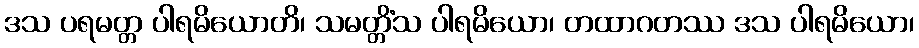
ဒသ ပရမတ္တ ပါရမိယောတိ၊ သမတ္တိံသ ပါရမိယော၊ တထာဂတဿ ဒသ ပါရမိယော၊